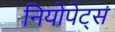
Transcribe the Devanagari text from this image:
नियोपेट्स